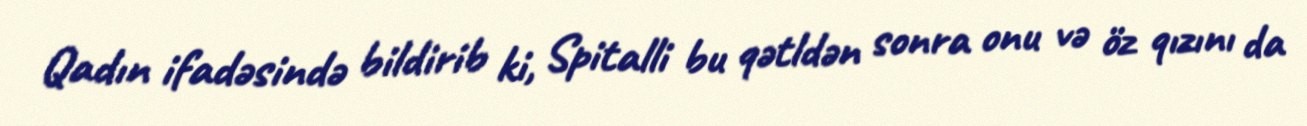
Qadın ifadəsində bildirib ki, Spitalli bu qətldən sonra onu və öz qızını da